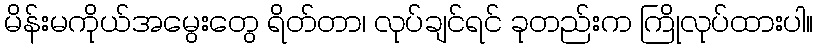
မိန်းမကိုယ်အမွေးတွေ ရိတ်တာ၊ လုပ်ချင်ရင် ခုတည်းက ကြိုလုပ်ထားပါ။